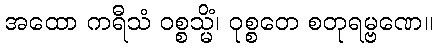
အထော ကရီသံ ဝစ္စသ္မိံ၊ ဝုစ္စတေ စတုရမ္ဗဏေ။